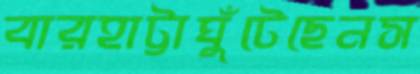
বারহাট্টাঘুঁটেছেনস